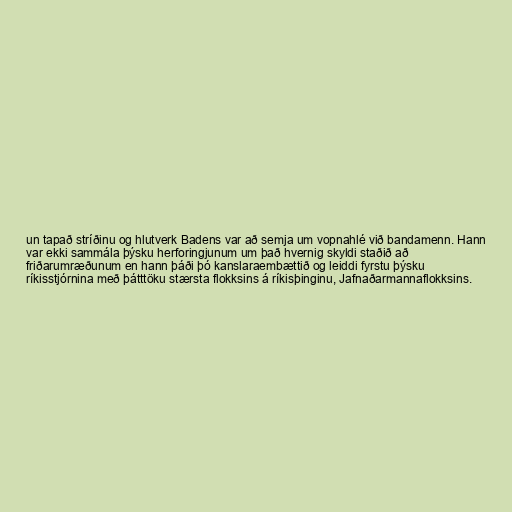
un tapað stríðinu og hlutverk Badens var að semja um vopnahlé við bandamenn. Hann
var ekki sammála þýsku herforingjunum um það hvernig skyldi staðið að
friðarumræðunum en hann þáði þó kanslaraembættið og leiddi fyrstu þýsku
ríkisstjórnina með þátttöku stærsta flokksins á ríkisþinginu, Jafnaðarmannaflokksins.